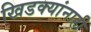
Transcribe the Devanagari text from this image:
खिडक्यांनाही